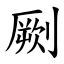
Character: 劂